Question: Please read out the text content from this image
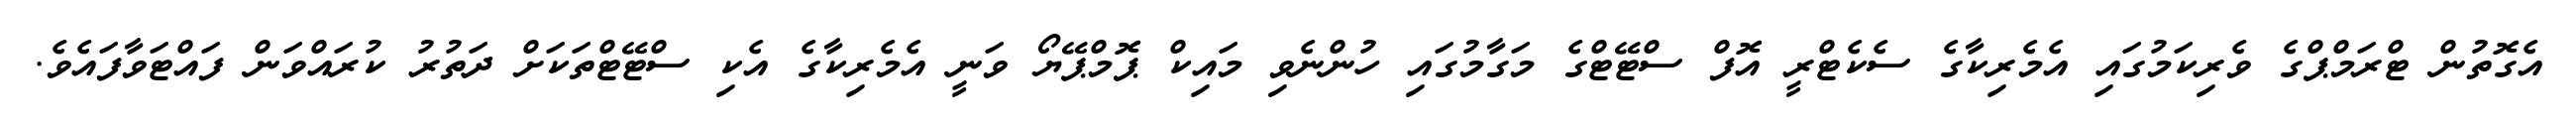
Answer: އެގޮތުން ޓްރަމްޕްގެ ވެރިކަމުގައި އެމެރިކާގެ ސެކެޓްރީ އޮފް ސްޓޭޓްގެ މަގާމުގައި ހުންނެވި މައިކް ޕޮމްޕޭޔޯ ވަނީ އެމެރިކާގެ އެކި ސްޓޭޓްތަކަށް ދަތުރު ކުރައްވަން ފައްޓަވާފައެވެ.